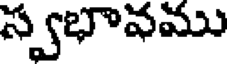
స్వభావము